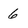
Character: 6